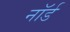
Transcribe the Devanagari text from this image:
नॉर्ड